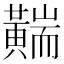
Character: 䵎